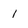
Character: i